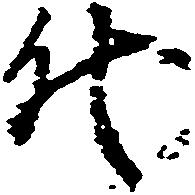
代